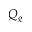
Q _ { g }